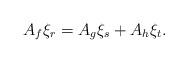
LaTeX: \begin{align*}A_f\xi_r=A_g\xi_s+A_h\xi_t.\end{align*}